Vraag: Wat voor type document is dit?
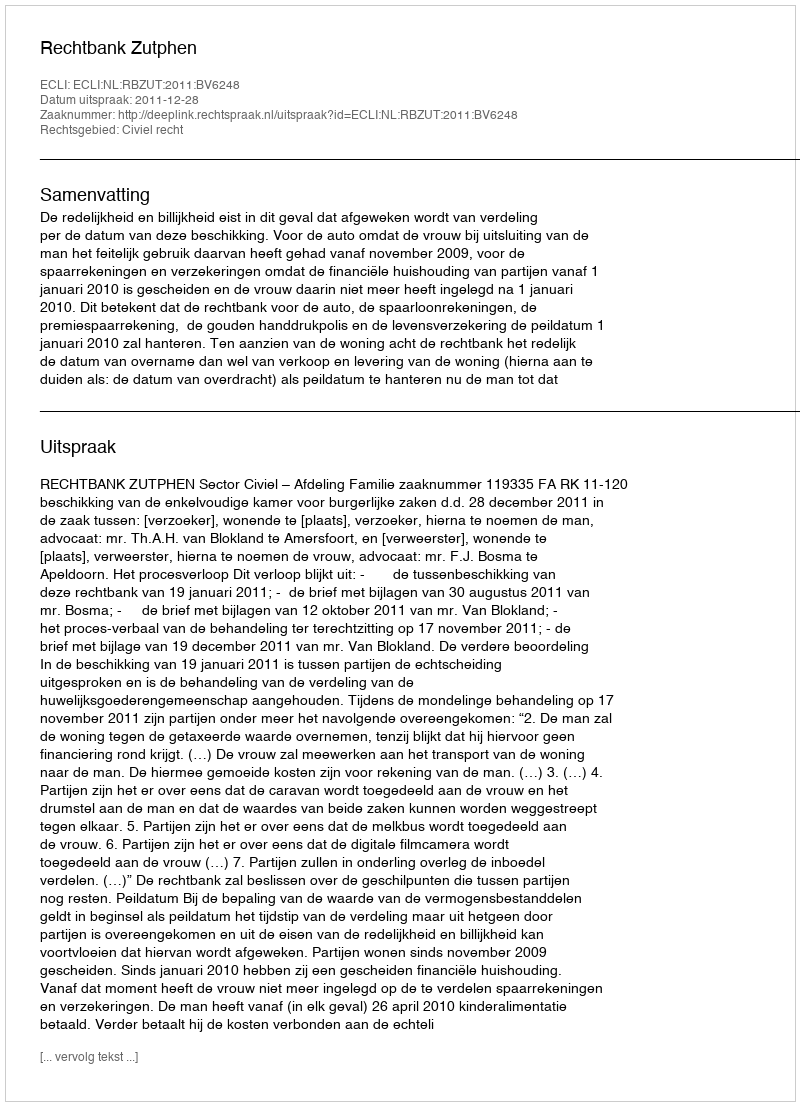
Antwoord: Uitspraak